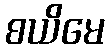
စယိမေ